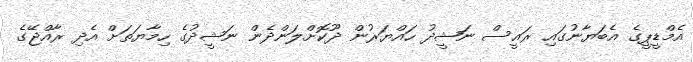
އެމްޑީޕީގެ އެބަޔާނުގައި ރައީސް ނަޝީދު ހައްޔަރުން ދޫކޮށްލަންދެން ނަޝީދުގެ ހިމާޔަތަށް އެދި ރާއްޖޭގެ